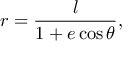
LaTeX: r = { \frac { l } { 1 + e \cos \theta } } ,